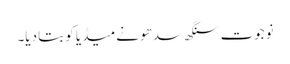
نوجوت سنگھ سدھو نے میڈیا کو بتا دیا۔